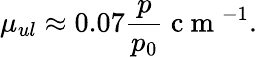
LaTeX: \mu_{ul}\approx 0.07\frac{p}{p_{0}}\mathrm{~c~m~}^{-1}.